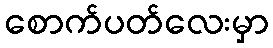
စောက်ပတ်လေးမှာ